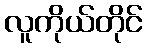
လူကိုယ်တိုင်